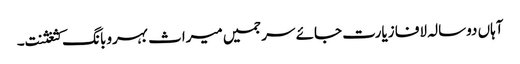
آہاں دوسالہ لافا زیارت جائے سرجمیں میراث بہروبانگ کثغثنت۔